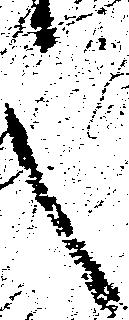
之